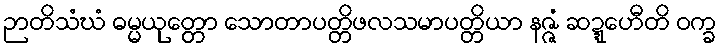
ဉာတိသံဃံ ဓမ္မယုတ္တော သောတာပတ္တိဖလသမာပတ္တိယာ နဇ္ဇံ ဆဍ္ဍေဟီတိ ဝက္ခ